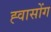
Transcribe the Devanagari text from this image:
ह्वासोंग